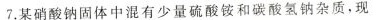
7.某硝酸钠固体中混有少量硫酸铵和碳酸氢钠杂质，现